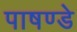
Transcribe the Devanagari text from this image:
पाषण्डे